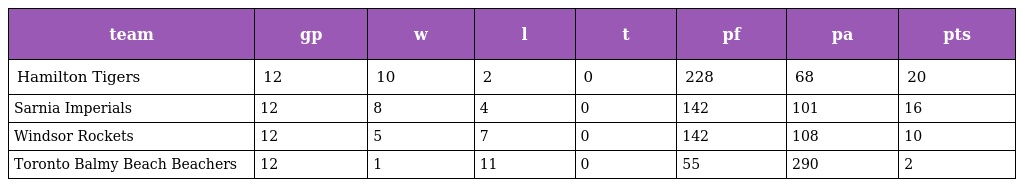
| team | gp | w | l | t | pf | pa | pts |
 | --- | --- | --- | --- | --- | --- | --- | --- |
 | Hamilton Tigers | 12 | 10 | 2 | 0 | 228 | 68 | 20 |
 | Sarnia Imperials | 12 | 8 | 4 | 0 | 142 | 101 | 16 |
 | Windsor Rockets | 12 | 5 | 7 | 0 | 142 | 108 | 10 |
 | Toronto Balmy Beach Beachers | 12 | 1 | 11 | 0 | 55 | 290 | 2 |